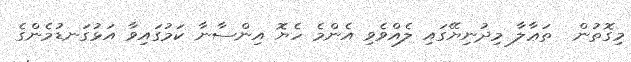
މިގޮތުން  ތަޢާލާ މިދުނިޔޭގައި ލެއްވެވި އެންމެ ހެޔޮ އިންސާނާ ކަމުގައިވާ އަޅުގަނޑުމެންގެ